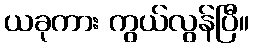
ယခုကား ကွယ်လွန်ပြီ။